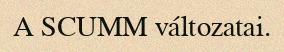
A SCUMM változatai.